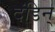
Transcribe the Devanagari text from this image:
दंडिन्